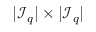
| \mathcal { I } _ { q } | \times | \mathcal { I } _ { q } |